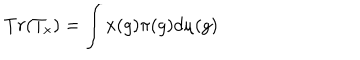
LaTeX: T r ( T _ { x } ) = \int x ( g ) \pi ( g ) d \mu ( g )